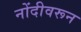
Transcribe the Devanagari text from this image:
नोंदीवरून